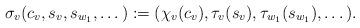
LaTeX: \begin{align*} \sigma_v(c_v, s_v, s_{w_1}, \dotsc) := (\chi_v(c_v), \tau_v(s_v), \tau_{w_1}(s_{w_1}), \dotsc).\end{align*}